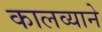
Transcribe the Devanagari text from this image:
कालव्याने